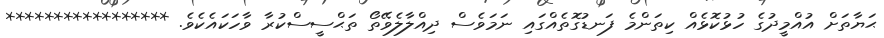
ޙަޔާތަށް އުއްމީދުގެ ހުޅުކޮޅެއް ކިތަންމެ ފަނޑުގޮތެއްގައި ނަމަވެސް ދިއްލާލެވޭތޯ ތަޙްސީސްކުރާ ވާހަކައެކެވެ. *****************